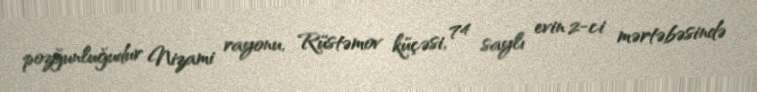
pozğunluğudur Nizami rayonu, Rüstəmov küçəsi, 74 saylı evin 2-ci mərtəbəsində